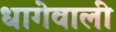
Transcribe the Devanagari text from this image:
धागेवाली